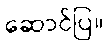
ဆောင်ပြ။